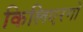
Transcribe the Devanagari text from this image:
किलिएरगो